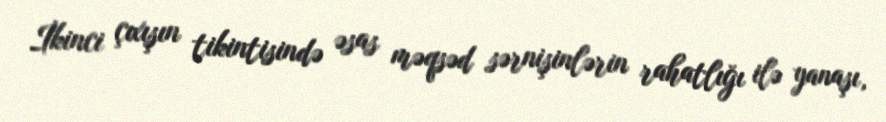
İkinci çıxışın tikintisində əsas məqsəd sərnişinlərin rahatlığı ilə yanaşı,